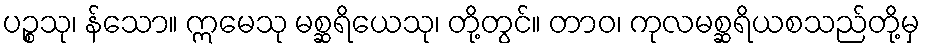
ပဉ္စသု၊ န်သော။ ဣမေသု မစ္ဆရိယေသု၊ တို့တွင်။ တာဝ၊ ကုလမစ္ဆရိယစသည်တို့မှ